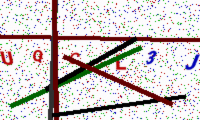
Text: UQCL3J